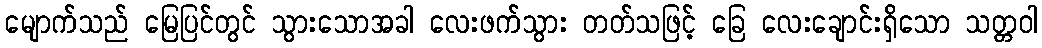
မျောက်သည် မြေပြင်တွင် သွားသောအခါ လေးဖက်သွား တတ်သဖြင့် ခြေ လေးချောင်းရှိသော သတ္တဝါ